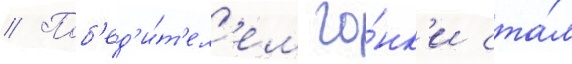
// Поб'ед'и́т'ел'ем го́нк'и ста́л